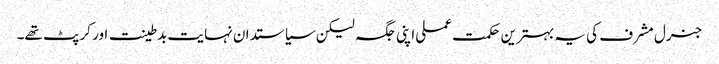
جنرل مشرف کی یہ بہترین حکمت عملی اپنی جگہ لیکن سیاستدان نہایت بدطینت اور کرپٹ تھے۔